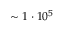
\sim 1 \cdot 1 0 ^ { 5 }